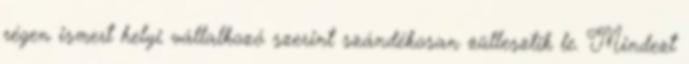
régen ismert helyi vállalkozó szerint szándékosan züllesztik le. Mindezt